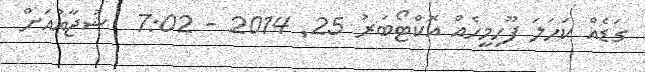
ގަޑެއް ކަހަލަ ފޫހިމީހެއް އޮކްޓޯބަރު 25